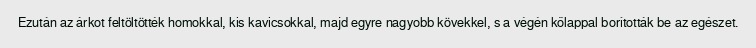
Ezután az árkot feltöltötték homokkal, kis kavicsokkal, majd egyre nagyobb kövekkel, s a végén kőlappal borították be az egészet.